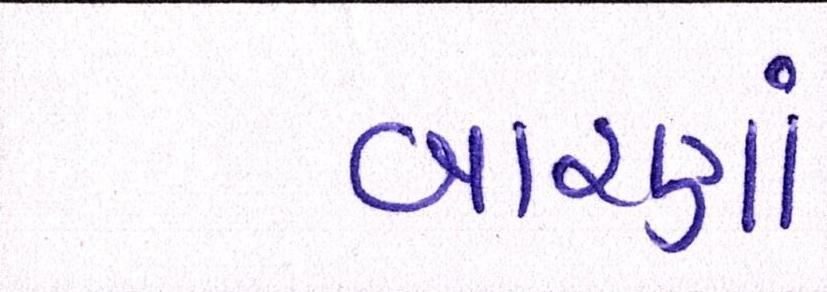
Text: બારણાં